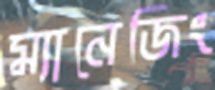
ম্যানেজিং